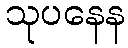
သုပနေန